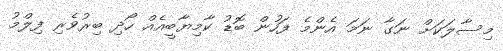
މިސާލަކަށް ނަގާ ނަމަ އެންމެ ފަހުން ބޮޑު ކާމިޔާބީއެއް ހޯދި ބިރުވެރި ފިލްމު